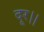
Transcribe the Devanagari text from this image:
दूर।।